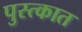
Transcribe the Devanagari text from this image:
पुस्त्कात